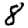
Digit: 8